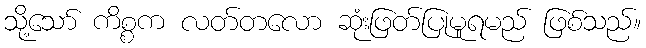
သို့သော် ကိစ္စက လတ်တလော ဆုံးဖြတ်ပြုမူရမည် ဖြစ်သည်။